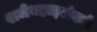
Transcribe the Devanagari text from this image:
राजेबहाद्दरांकडे